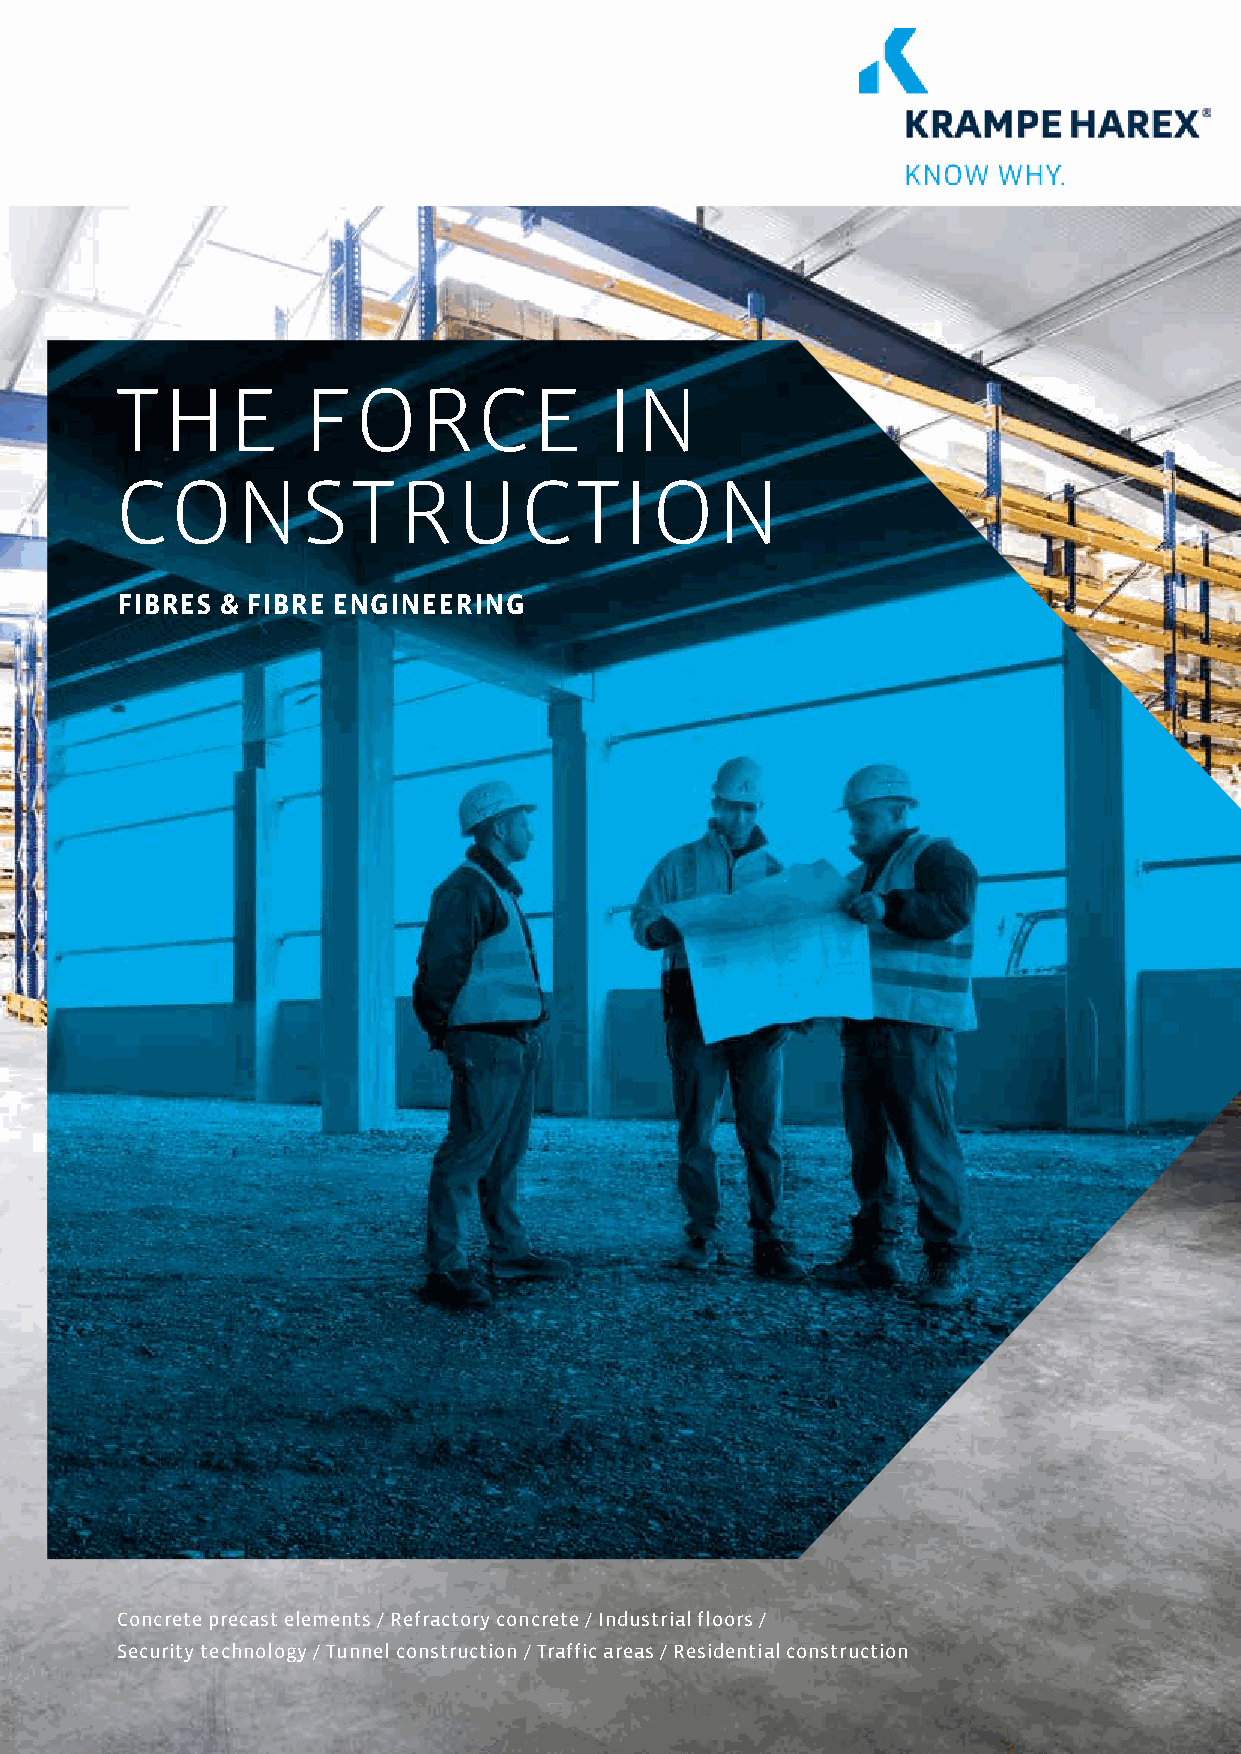
THE         FORCE               IN
 CONSTRUCTION
 FIBRES & FIBRE ENGINEERING
 Concrete precast elements / Refractory concrete / Industrial floors /
 Security technology / Tunnel construction / Traffic areas / Residential construction
 1    KRAMPEHAREX®